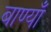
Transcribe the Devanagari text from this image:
बाण्याँ